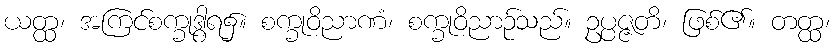
ယတ္ထ၊ အကြင်စက္ခုဒွါရ၌။ စက္ခုဝိညာဏံ၊ စက္ခုဝိညာဉ်သည်။ ဥပ္ပဇ္ဇတိ၊ ဖြစ်၏။ တတ္ထ၊